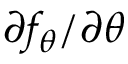
\partial f _ { \theta } / \partial \theta